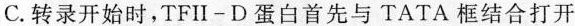
C.转录开始时，TFII-D蛋白首先与TATA框结合打开